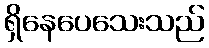
ရှိနေပေသေးသည်